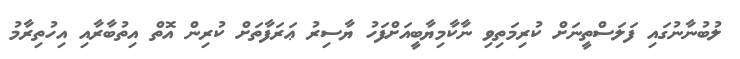
ލުބުނާނުގައި ފަލަސްތީނަށް ކުރިމަތިވި ނާކާމިޔާބީއަށްފަހު ޔާސިރު ޢަރަފާތަށް ކުރިން އޮތް އިތުބާރާއި އިހުތިރާމު